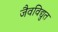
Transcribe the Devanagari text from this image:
जैवविद्युत